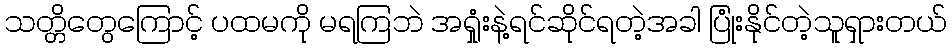
သတ္တိတွေကြောင့် ပထမကို မရကြဘဲ အရှုံးနဲ့ရင်ဆိုင်ရတဲ့အခါ ပြုံးနိုင်တဲ့သူရှားတယ်